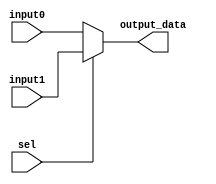
`timescale 1ns / 1ps
//////////////////////////////////////////////////////////////////////////////////
// Company: 
// Engineer: 
// 
// Design Name: 
// Module Name: mux5_1
// Project Name: 
// Target Devices: 
// Tool Versions: 
// Description: 
// 
// Dependencies: 
// 
// Revision:
// Revision 0.01 - File Created
// Additional Comments:
// 
//////////////////////////////////////////////////////////////////////////////////


module mux5_1(
  input [4:0] input0,input1,
         input sel,
  output [ 4:0] output_data);
  
    assign output_data = sel?input1:input0;
  
endmodule